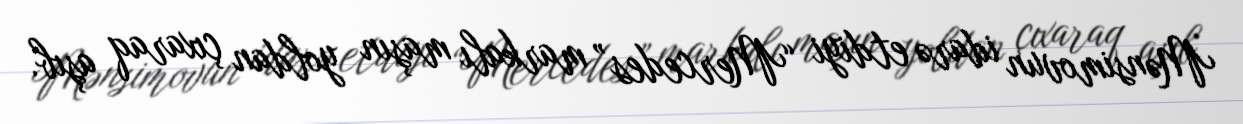
Mənsimovun idarə etdiyi “Mercedes” markalı maşın yoldan çıxaraq aşıb.